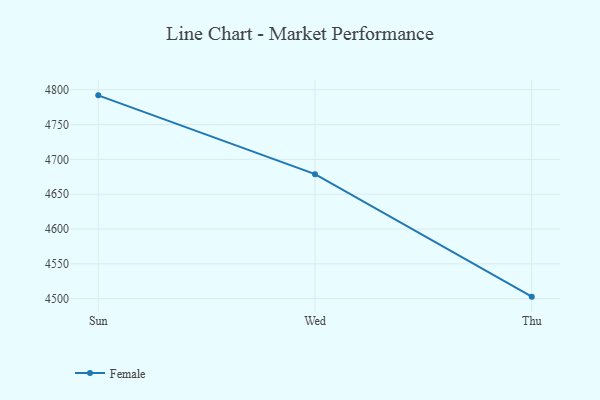
{"axis": {"x": "Day", "y": "Headcount"}, "legend": ["Female"], "data": [{"x": "Sun", "y": 4792.0, "type": "Female"}, {"x": "Wed", "y": 4678.8, "type": "Female"}, {"x": "Thu", "y": 4502.8, "type": "Female"}]}